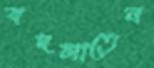
বদলাতেন